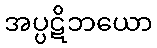
အပ္ပဋိဘယော